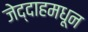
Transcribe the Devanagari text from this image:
जेद्दाहमधून